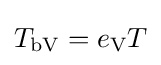
T_{\text{bV}}=e_{\text{V}}T